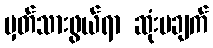
မှတ်သားဖွယ်ရာ ဆုံးမချက်